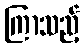
ကြာသည့်